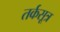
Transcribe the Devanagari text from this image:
तर्कसूत्र